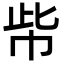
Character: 㠿